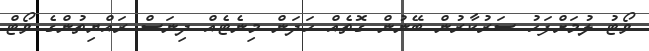
ވޯޓު ލުމަށްފަހު ސަރުކާރުން ބޭނުން ގޮތެއް ހަދަން މިނެޓެއް ދިނަސް ރައްޔިތުންގެ ވޯޓް